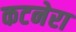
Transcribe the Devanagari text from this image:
कटनेरा